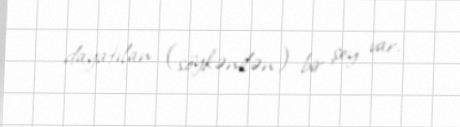
dayatılan (söykənilən) bir şey var.